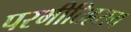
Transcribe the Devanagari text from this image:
परभीतिहराय